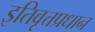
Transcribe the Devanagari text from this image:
इतिवृत्तप्रधान